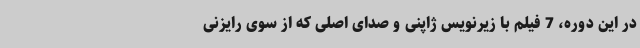
در این دوره، 7 فیلم با زیرنویس ژاپنی و صدای اصلی که از سوی رایزنی